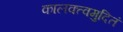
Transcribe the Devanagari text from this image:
कालक्त्वमुदितं